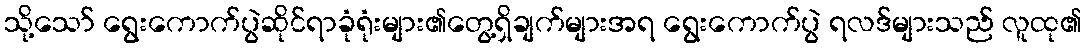
သို့သော် ရွေးကောက်ပွဲဆိုင်ရာခုံရုံးများ၏တွေ့ရှိချက်များအရ ရွေးကောက်ပွဲ ရလဒ်များသည် လူထု၏